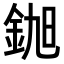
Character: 𮡵